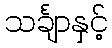
သင်္ချာနှင့်